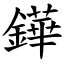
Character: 鏵